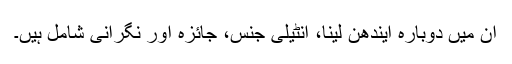
ان میں دوبارہ ایندھن لینا، انٹیلی جنس، جائزہ اور نگرانی شامل ہیں۔